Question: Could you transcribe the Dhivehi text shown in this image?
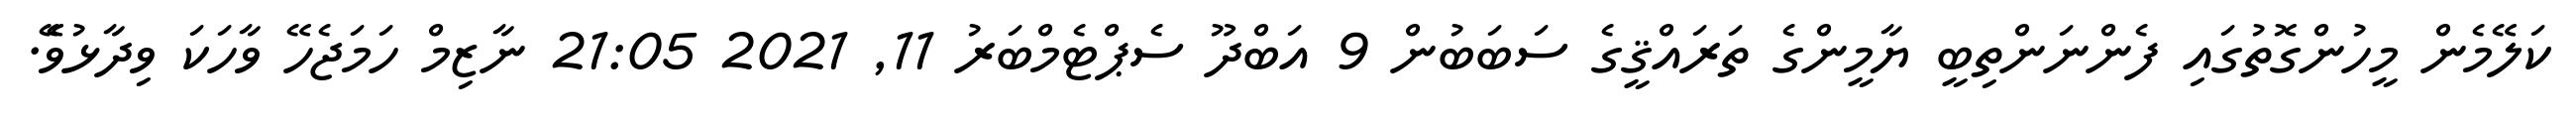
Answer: ކަލޭމެން މީހުންގޮތުގައި ފެންނަންތިބީ ޔާމީންގެ ތަރައްޤީގެ ސަބަބުން 9 އަބްދޫ ސެޕްޓެމްބަރު 11, 2021 21:05 ނާޒިމް ހަމަޖެހޭ ވާހަކަ ވިދާޅުވެޭ.